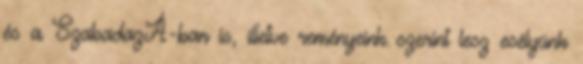
és a SzabadazÁ-ban is, illetve reményeink szerint lesz esélyünk